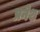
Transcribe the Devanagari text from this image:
प्रनेश